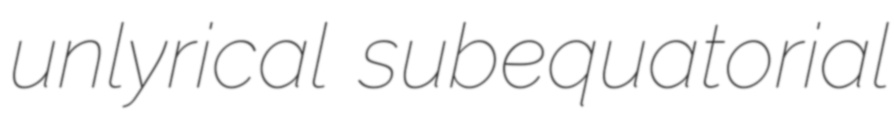
unlyrical subequatorial